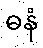
ဓနံ